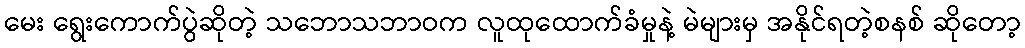
မေး ရွေးကောက်ပွဲဆိုတဲ့ သဘောသဘာဝက လူထုထောက်ခံမှုနဲ့ မဲများမှ အနိုင်ရတဲ့စနစ် ဆိုတော့